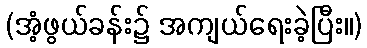
(အံ့ဖွယ်ခန်း၌ အကျယ်ရေးခဲ့ပြီး။)